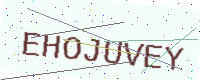
Text: EHOJUVEY